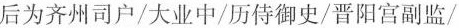
后为齐州司户/大业中/历侍御史/晋阳宫副监/